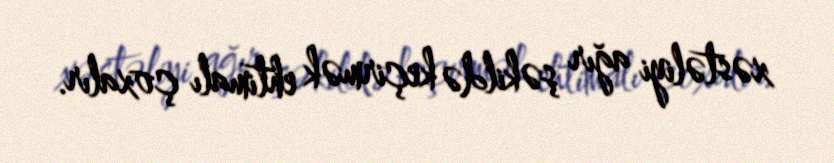
xəstəliyi ağır şəkildə keçirmək ehtimalı çoxalır.